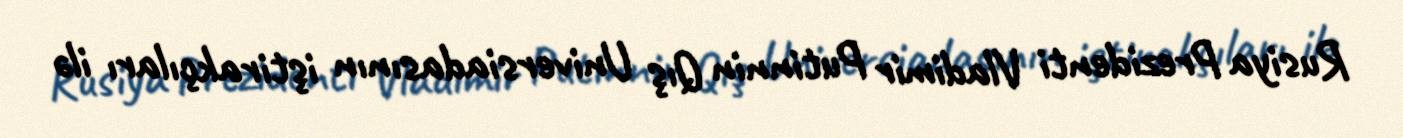
Rusiya Prezidenti Vladimir Putinnin Qış Universiadasının iştirakçıları ilə